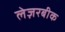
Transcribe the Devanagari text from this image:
लेज़रबीक